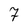
Character: 7